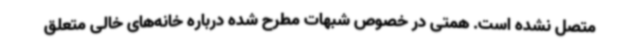
متصل نشده ‌است. همتی در خصوص شبهات مطرح شده درباره خانه‌های خالی متعلق